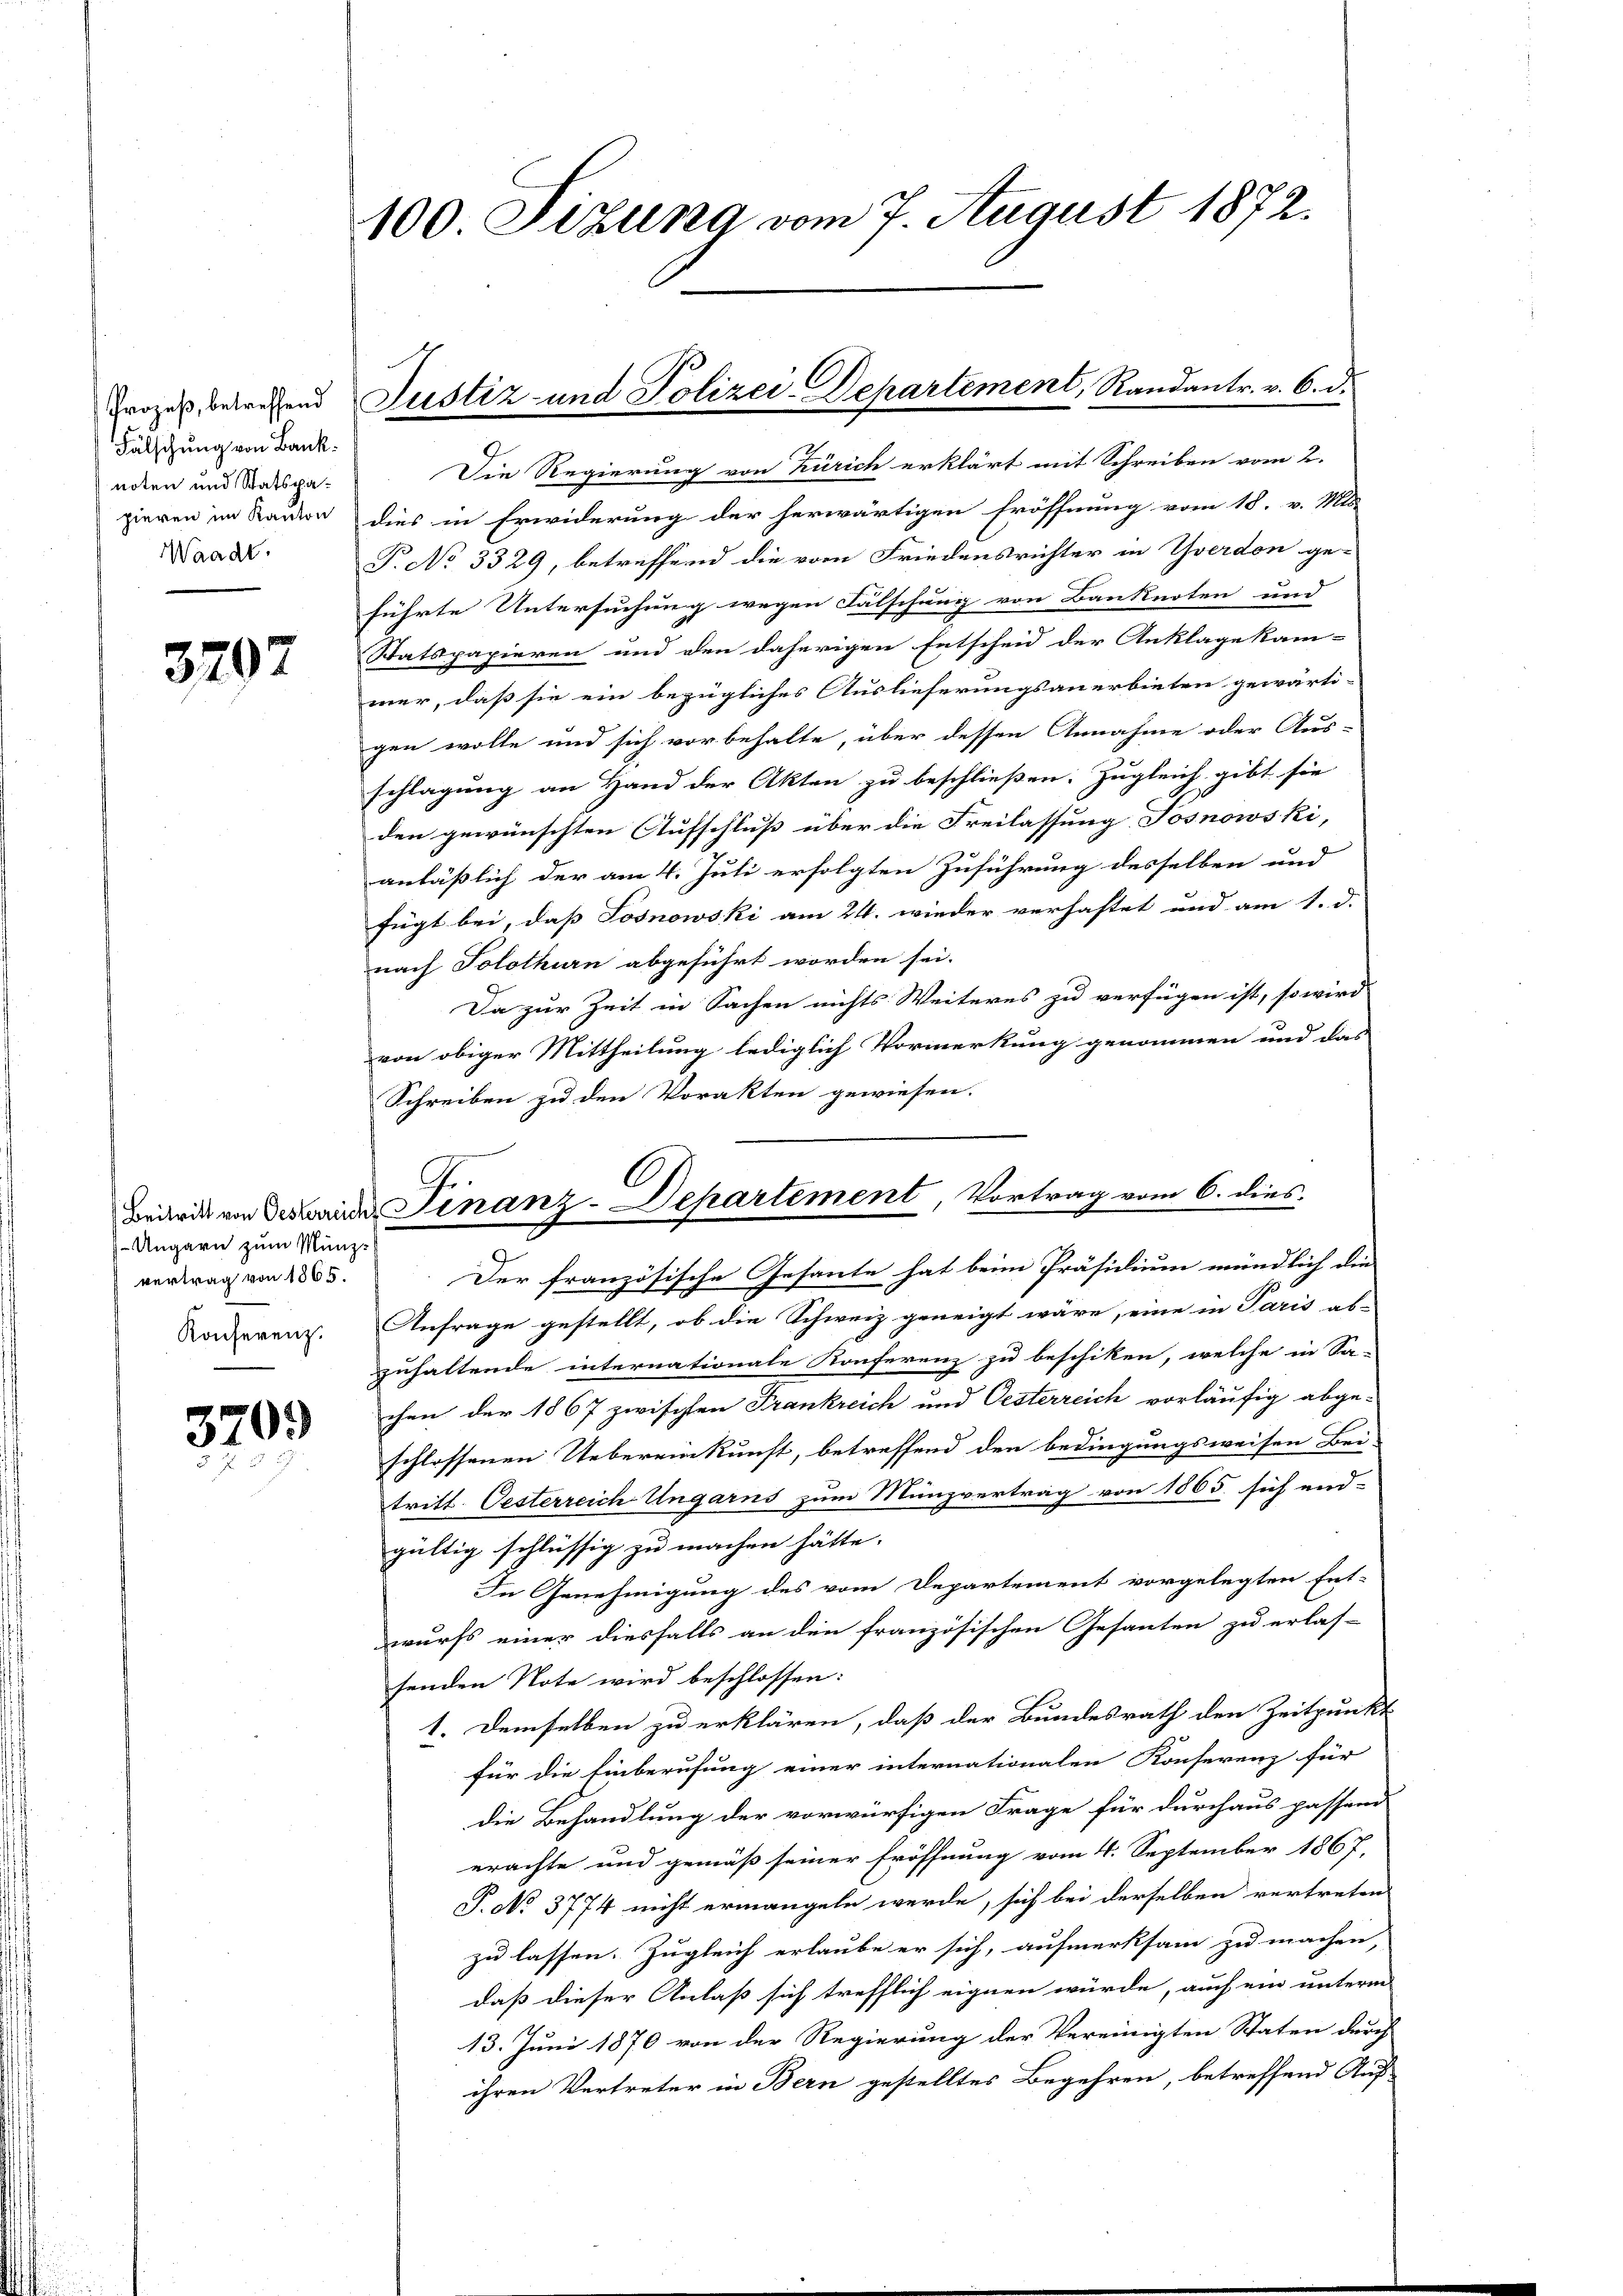
Prozeß, betreffend
Fälschung von Bank:
noten und Statspapieren im Kanton
Waadt.

3707

Ungarn zum Münzvertrag von 1865.
Konferenz.

370.

100 Sizung vom 7. August 1872.

Justiz- und Polizei-Departement, Randantr. v. 6. d.

G.

Die Regierung von Zürich erklärt mit Schreiben vom 2.
dies in Erwiderung der herwärtigen Eröffnung vom 18. v. Mit-
P. No 3329, betreffend die vom Friedensrichter in Yverdon ge-
führte Untersuchung wegen Fälschung von Banknoten und
Statspapieren und den daherigen Entscheid der Anklage kam-
mer, daß sie ein bezügliches Auslieferungsanerbieten gewärti-
gen wolle und sich vorbehalte, über dessen Annahme oder Aus-
schlagung an Hand der Akten zu beschließen. Zugleich gibt sie
den gewünschten Aufschluß über die Freilassung Josnowski,
anläßlich der am 4. Juli erfolgten Zuführung desselben und
fügt bei, dass Sosnowski am 24. wieder verhaftet und am 1. d.
nach Solothurn abgeführt worden sei.
Da zur Zeit in Sachen nichts Weiteres zu verfügen ist, so wird
von obiger Mittheilung lediglich Vormerkung genommen und das
Schreiben zu den Vorakten gewiesen.
9
Der französische Gesante hat beim Präsidium mündlich die
Anfrage gestellt, ob die Schweiz geneigt wäre, eine in Paris ab-
zuhaltende internationale Konferenz zu beschiken, welche in Sa-
chen der 1867 zwischten Frankreich und Oesterreich vorläufig abge-
schlossenen Uebereinkunft, betreffend den bedingungsweisen Bei-
tritt. Oesterreich Ungarns zum Münzvertrag von 1865 sich end-
gültig schlüssig zu machen hätte. |
In Genehmigung des vom Departement vorgelegten Ent-
wurfs einer diesfalls an den französischen Gesanten zu erlas-
senden Note wird beschlossen:
1. Demselben zu erklären, daß der Bundesrath den Zeitpunkt
für die Einberufung einer internationalen Konserenz für
die Behandlung der vorwürfigen Frage für durchaus passand
erachte und gemäß seiner Eröffnung vom 4. September 1867,
P. No. 3774 nicht ermangeln werde, sich bei derselben vertreten
zu lassen. Zugleich erlaube er sich, aufmerksam zu machen,
daß dieser Anlaß sich trefflich eignen würde, auch ein untern
13. Juni 1870 von der Regierung der Vereinigten Staten durch
ihren Vertreter in Bern gestelltes Begehren, betreffend Auf

C
Brände von der Finanz-Departement, Vortrag vom 6. dies